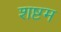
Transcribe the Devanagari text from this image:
शष्टम